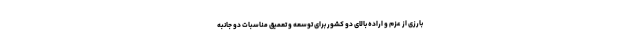
بارزی از عزم و اراده بالای دو کشور برای توسعه و تعمیق مناسبات دو جانبه